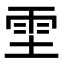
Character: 𫕞